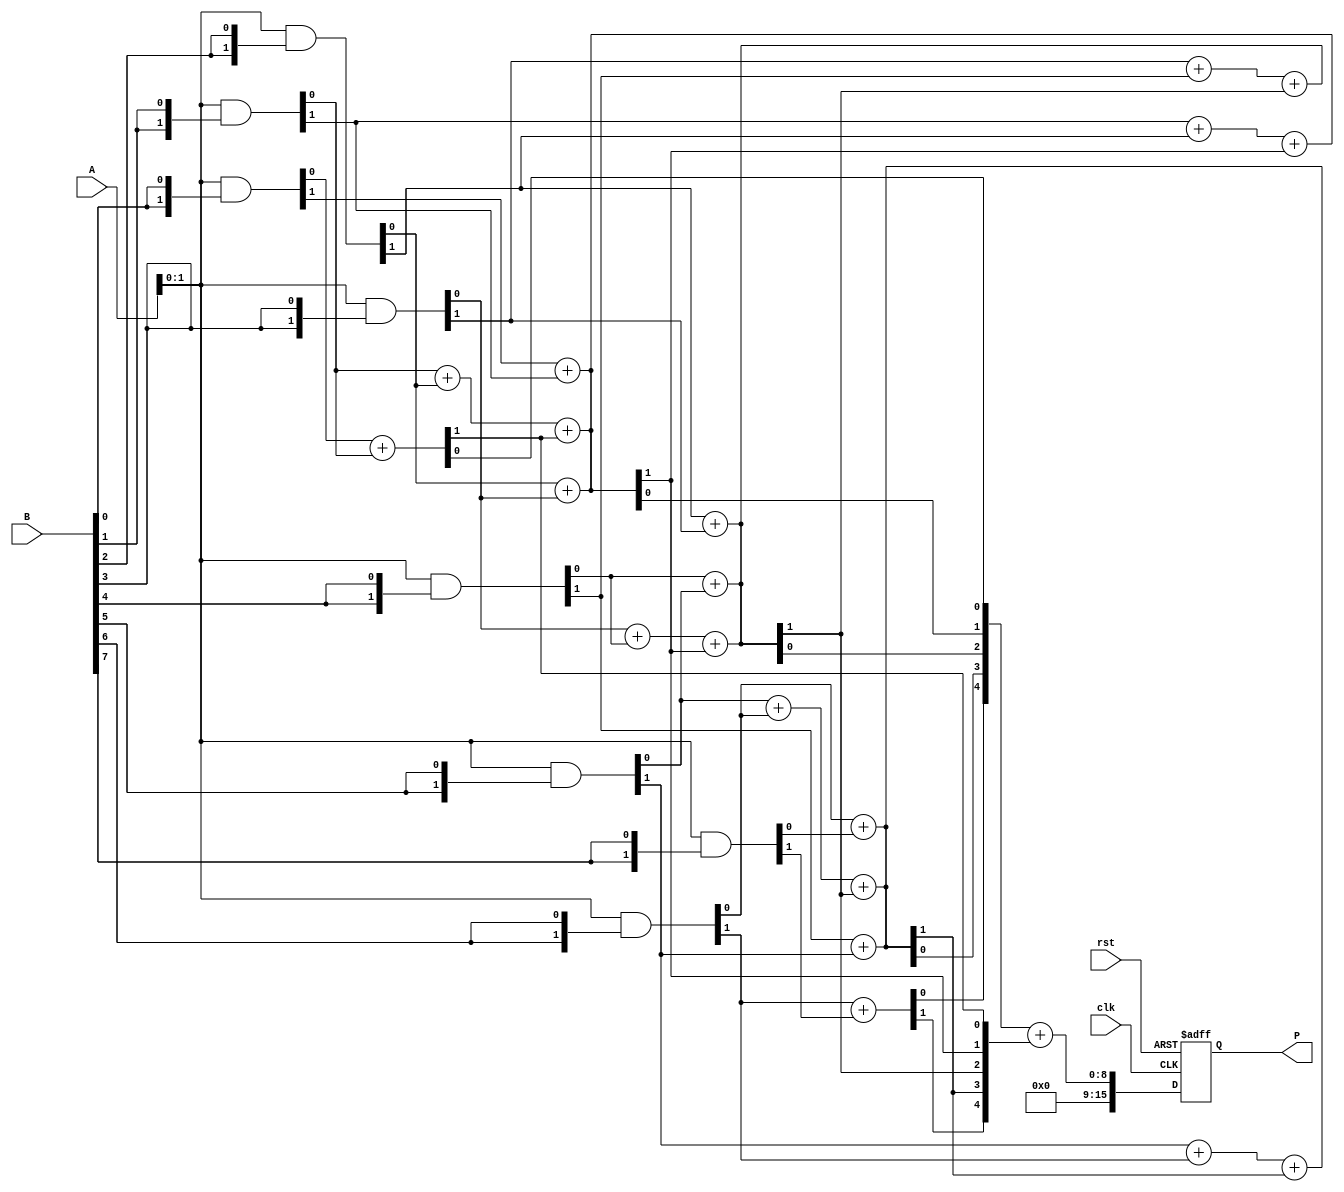
module WallaceTreeMultiplier #(
    parameter N = 8 // Width of input numbers
)(
    input  wire [N-1:0] A, // First operand
    input  wire [N-1:0] B, // Second operand
    input  wire clk,       // Clock signal
    input  wire rst,       // Reset signal
    output reg [2*N-1:0] P // Product output
);

    // Internal signals for partial products
    wire [N-1:0] pp [0:N-1]; // Partial products
    wire [N-1:0] sum [0:N-1]; // Sums at each level
    wire [N-1:0] carry [0:N-1]; // Carries at each level

    // Generate partial products
    genvar i, j;
    generate
        for (i = 0; i < N; i = i + 1) begin : gen_partial_products
            assign pp[i] = A & {N{B[i]}};
        end
    endgenerate

    // Wallace Tree Reduction
    // Level 1: Combine partial products using half-adders and full-adders
    generate
        for (i = 0; i < N; i = i + 1) begin : reduce_level_1
            if (i % 2 == 0 && i + 1 < N) begin
                // Half-adder for pairs
                assign {carry[0][i/2], sum[0][i/2]} = pp[i][0] + pp[i+1][0];
                assign {carry[0][i/2 + 1], sum[0][i/2 + 1]} = pp[i][1] + pp[i+1][1];
            end else if (i % 2 == 1 && i + 1 < N) begin
                // Full-adder for triplets
                assign {carry[0][i/2 + 1], sum[0][i/2 + 1]} = pp[i][0] + pp[i+1][0] + carry[0][i/2];
                assign {carry[0][i/2 + 1], sum[0][i/2 + 1]} = pp[i][1] + pp[i+1][1] + carry[0][i/2 + 1];
            end
        end
    endgenerate

    // Further levels of reduction can be added here, following the Wallace tree structure.
    // For simplicity, this example will just perform one level of reduction.
    // You would need to add more levels to fully implement the Wallace tree reduction.

    // Final Addition
    always @(posedge clk or posedge rst) begin
        if (rst) begin
            P <= 0;
        end else begin
            // Add final two outputs (this is a simple ripple carry adder for demonstration)
            P <= sum[0] + carry[0]; // Adjust according to your final carry/sum structure
        end
    end

endmodule